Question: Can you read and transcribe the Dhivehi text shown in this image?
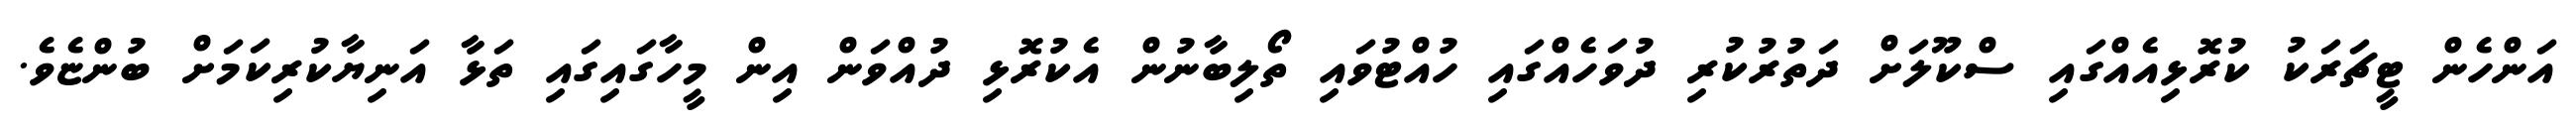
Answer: އަންހެން ޓީޗަރަކު ކުރޮޅިއެއްގައި ސްކޫލަށް ދަތުރުކުރި ދުވަހެއްގައި ހުއްޓުވައި ތޯލިބާނުން އެކުރޮޅި ދުއްވަން އިން މީހާގައިގައި ތަޅާ އަނިޔާކުރިކަމަށް ބުންޏެވެ.